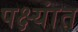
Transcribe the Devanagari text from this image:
पक्ष्यांत